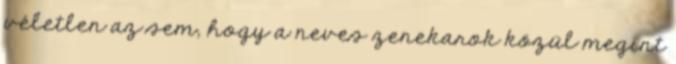
véletlen az sem, hogy a neves zenekarok közül megint